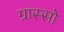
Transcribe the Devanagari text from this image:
ग्रास्सो